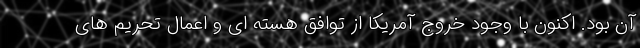
آن بود. اکنون با وجود خروج آمریکا از توافق هسته ای و اعمال تحریم های